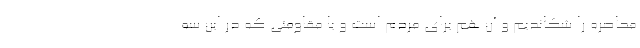
محاصره را شکاندیم و آن هم برای مردم است و یا مقاومتی که در این سه